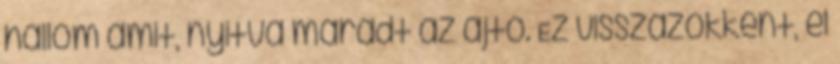
hallom amit, nyitva maradt az ajtó. Ez visszazökkent, el